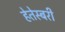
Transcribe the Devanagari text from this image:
हेतेस्बरी